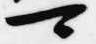
可